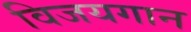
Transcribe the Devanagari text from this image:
विजयगान